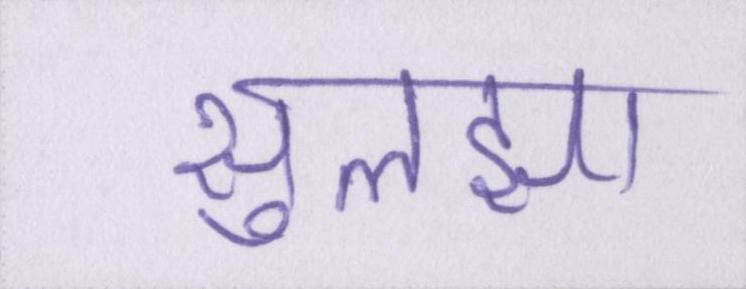
सुलझा